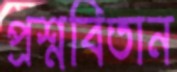
প্রশ্নবিতান